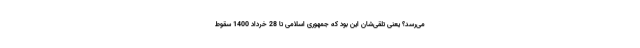
می‌رسد؟ یعنی تلقی‌شان این بود که جمهوری اسلامی تا 28 خرداد 1400 سقوط